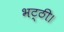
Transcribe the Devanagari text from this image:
भट्ठी।